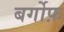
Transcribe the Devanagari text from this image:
बर्गोफ़